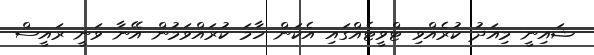
ޝައިނީ މިއަދު ކުރެއްވި ޓްވީޓެއްގައި އެކަން ހާމަ ކުރައްވަމުން އޭނާ ވަނީ ރައީސް